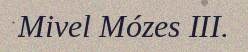
Mivel Mózes III.